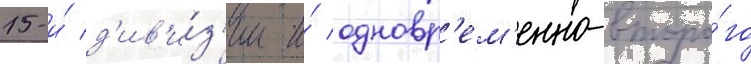
15-и́ д'ив'и́з'ии и́ одновр'ем'енно-второ́го